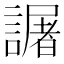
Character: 𧬅